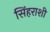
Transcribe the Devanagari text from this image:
सिंहराशी